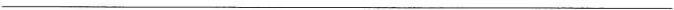
___